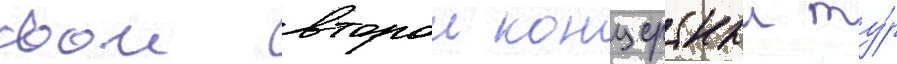
свои второи концертныи ту́р